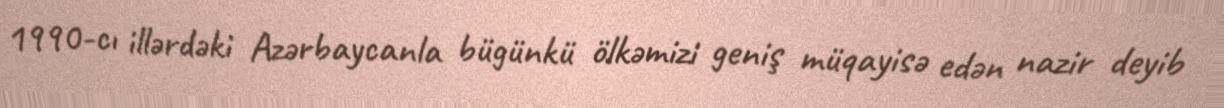
1990-cı illərdəki Azərbaycanla bügünkü ölkəmizi geniş müqayisə edən nazir deyib